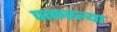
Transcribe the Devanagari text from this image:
पत्करल्या